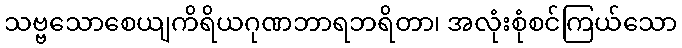
သဗ္ဗသောစေယျကိရိယဂုဏဘာရဘရိတာ၊ အလုံးစုံစင်ကြယ်သော